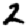
Digit: 2